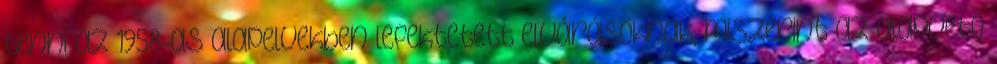
tenni az 1958-as alapelvekben lefektetett elvárásoknak, miszerint az alapvető